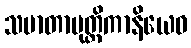
သမာတာပုတ္တိကာနိယေဝ